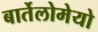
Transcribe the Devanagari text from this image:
बार्तेलोमेयो